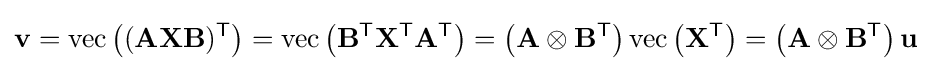
\mathbf {v} =\operatorname {vec} \left((\mathbf {AXB} )^{\textsf {T}}\right)=\operatorname {vec} \left(\mathbf {B} ^{\textsf {T}}\mathbf {X} ^{\textsf {T}}\mathbf {A} ^{\textsf {T}}\right)=\left(\mathbf {A} \otimes \mathbf {B} ^{\textsf {T}}\right)\operatorname {vec} \left(\mathbf {X^{\textsf {T}}} \right)=\left(\mathbf {A} \otimes \mathbf {B} ^{\textsf {T}}\right)\mathbf {u}